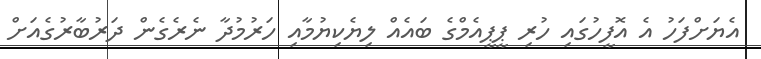
އެޔަށްފަހު އެ އޮފީހުގައި ހުރި ޕީޕީއެމްގެ ބައެއް ލިޔެކިޔުމާއި ހަރުމުދާ ނެރެގެން ދަރުބާރުގެއަށް